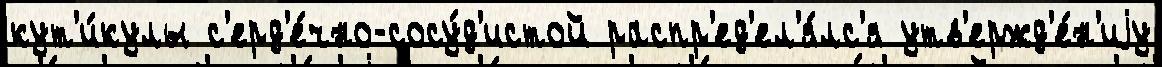
кут'и́кулы с'ерд'е́чно-сосу́д'истой распр'ед'ел'я́лс'я утв'ержд'е́н'иjу